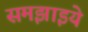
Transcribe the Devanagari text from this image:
समझाइये